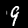
Digit: 9